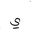
Letter: _ya